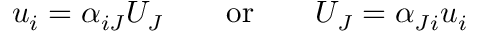
\ u _ { i } = \alpha _ { i J } U _ { J } \qquad { \mathrm { o r } } \qquad U _ { J } = \alpha _ { J i } u _ { i }